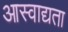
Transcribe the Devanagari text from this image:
आस्वाद्यता